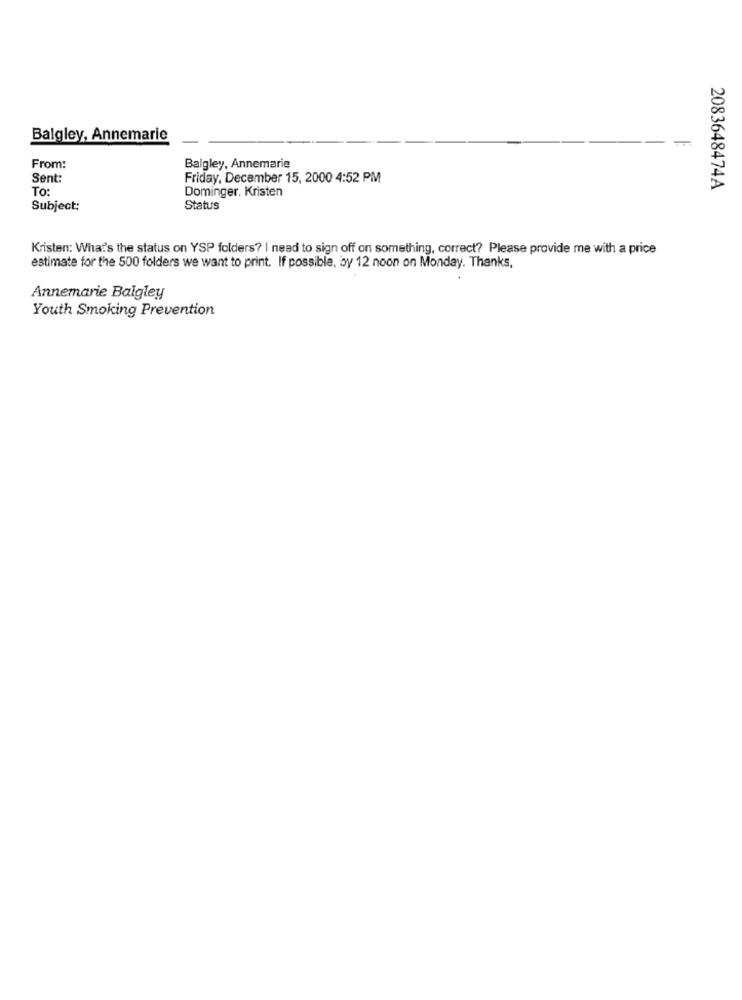
Balgley, Annemarie
From:
Balgley, Annemarie
Sent
Friday, December 15, 2000 4:52 PM
To:
Dominger. Kristen
2083648474A
Subject:
Status
Kristen: What's the status on YSP folders? I need to sign off on something, correct? Please provide me with a price
estimate for the 500 folders we want to print. If possible, by 12 noon on Monday. Thanks,
Annemarie Balgley
Youth Smoking Prevention